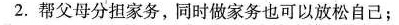
2. 帮父母分担家务，同时做家务也可以放松自己；